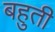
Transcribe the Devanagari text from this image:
बहुती